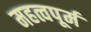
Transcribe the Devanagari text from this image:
महत्वपूर्म